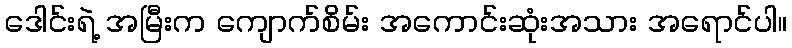
ဒေါင်းရဲ့ အမြီးက ကျောက်စိမ်း အကောင်းဆုံးအသား အရောင်ပါ။